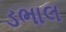
ડભાલ